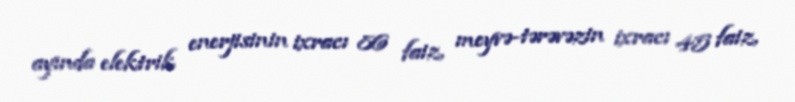
ayında elektrik enerjisinin ixracı 86 faiz, meyvə-tərəvəzin ixracı 45 faiz,